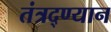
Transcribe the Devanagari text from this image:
तंत्रद्ण्यान